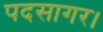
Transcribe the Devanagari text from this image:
पदसागर।